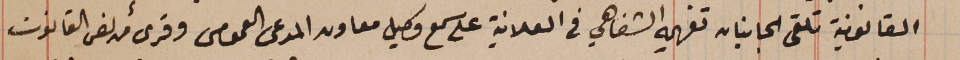
القانونية تلقى الجانبان تفهيمه الشفاهي فى العلانية على سمع وكيل معاون المدعى العمومى وقرىء من نص القانون